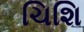
ચિશિ